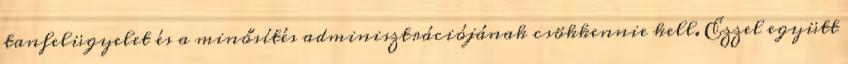
tanfelügyelet és a minősítés adminisztrációjának csökkennie kell. Ezzel együtt